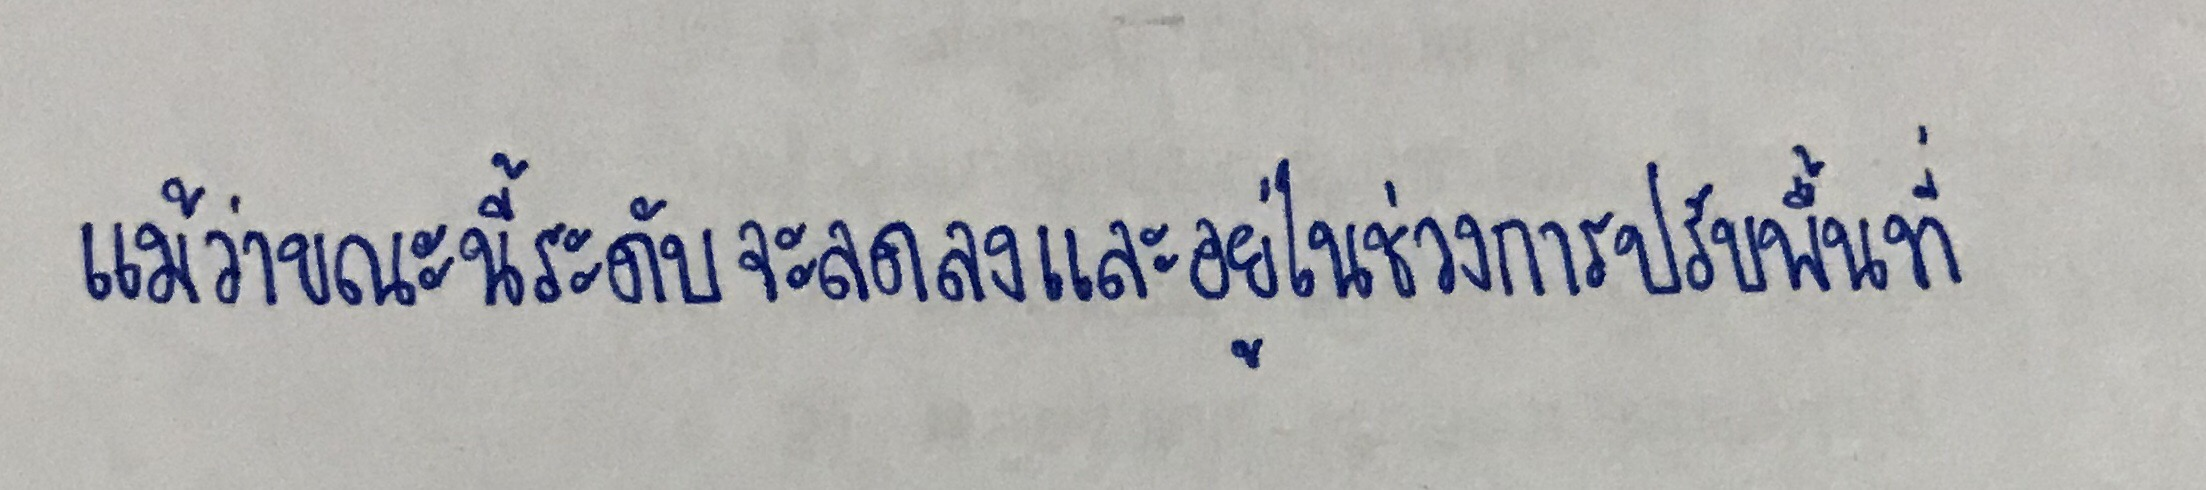
แม้ว่าขณะนี้ระดับจะลดลงและอยู่ในช่วงการปรับพื้นที่